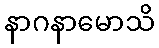
နာဂနာမောသိ